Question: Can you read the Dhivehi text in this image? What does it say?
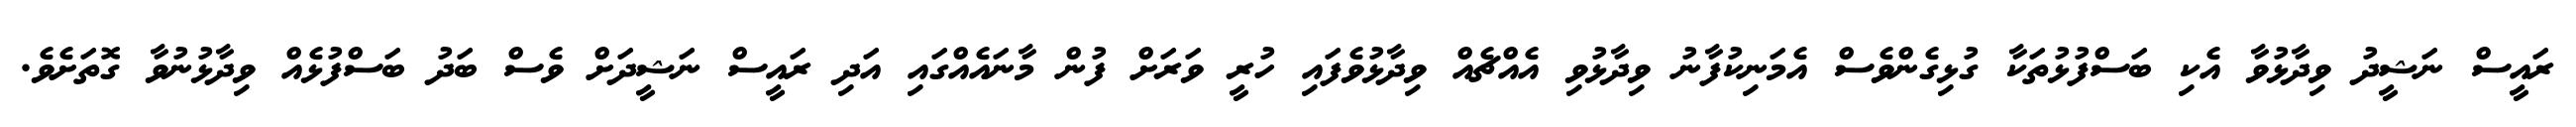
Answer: ރައީސް ނަޝީދު ވިދާޅުވާ އެކި ބަސްފުޅުތަކާ ގުޅިގެންވެސް އެމަނިކުފާނު ވިދާޅުވި އެއްޗެއް ވިދާޅުވެފައި ހުރީ ވަރަށް ފުން މާނައެއްގައި އަދި ރައީސް ނަޝީދަށް ވެސް ބަދު ބަސްފުޅެއް ވިދާޅުނުވާ ގޮތަށެވެ.